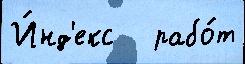
И́нд'екс   рабо́т